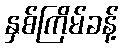
နှစ်ကြိမ်ခန့်